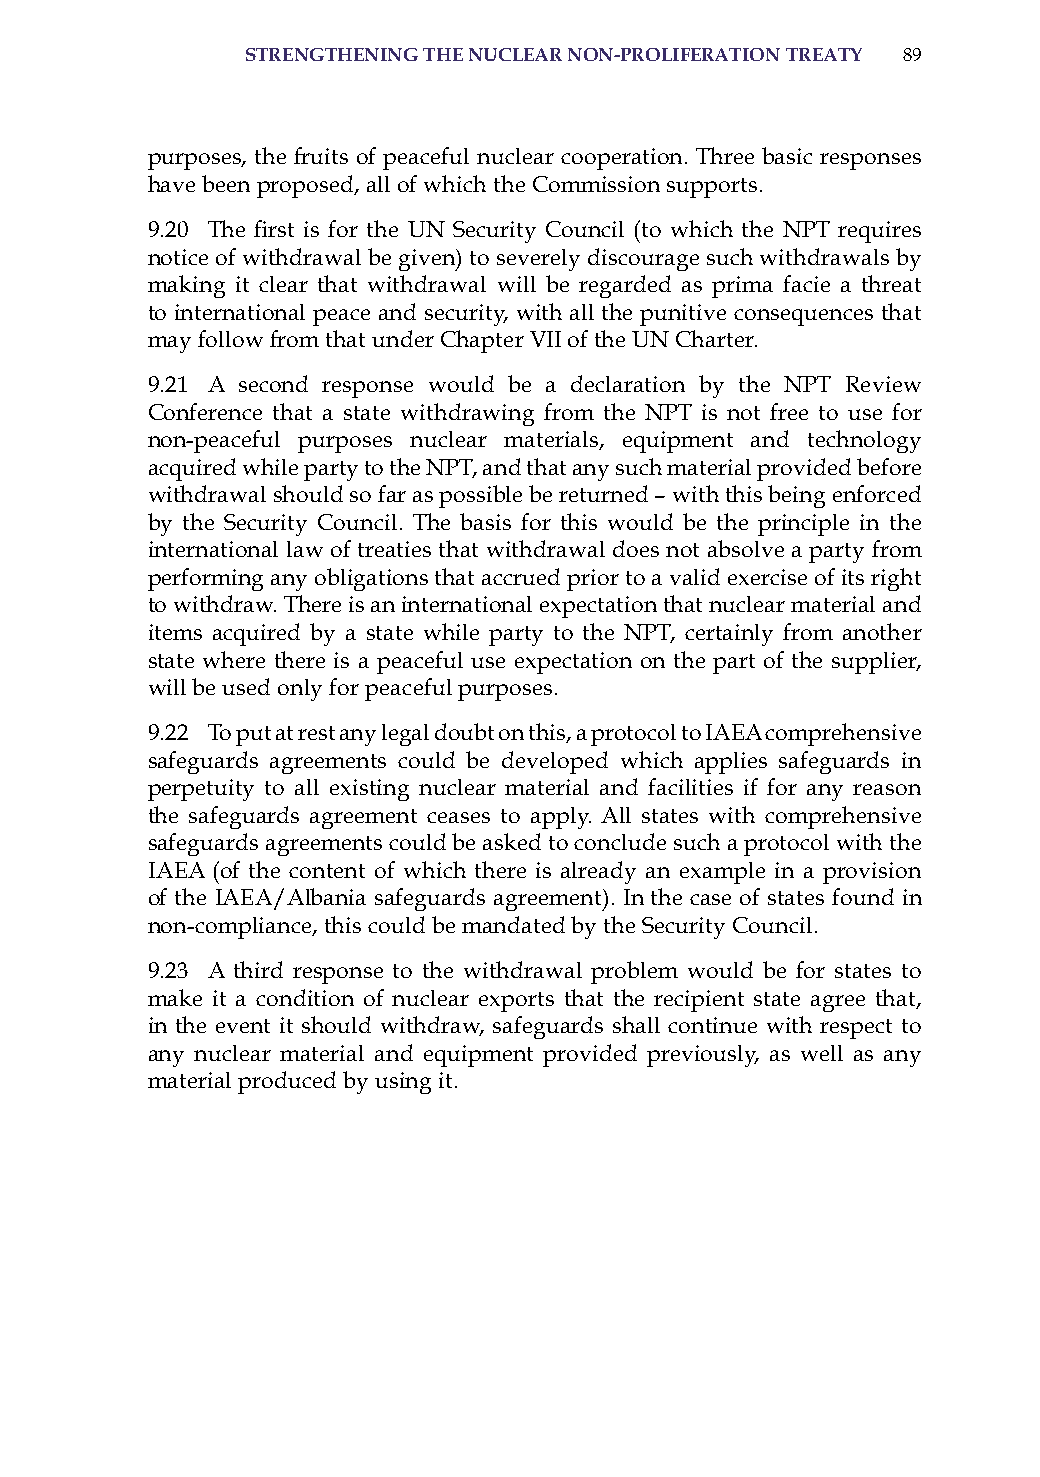
strenGtheninG the nuclear non-Proliferation treatY 89
 purposes, the fruits of peaceful nuclear cooperation. Three basic responses
 have been proposed, all of which the Commission supports.
 9.20 The first is for the UN Security Council (to which the NPT requires
 notice of withdrawal be given) to severely discourage such withdrawals by
 making it clear that withdrawal will be regarded as prima facie a threat
 to international peace and security, with all the punitive consequences that
 may follow from that under Chapter Vii of the UN Charter.
 9.21 a second response would be a declaration by the NPT review
 Conference that a state withdrawing from the NPT is not free to use for
 non-peaceful purposes nuclear materials, equipment and technology
 acquired while party to the NPT, and that any such material provided before
 withdrawal should so far as possible be returned – with this being enforced
 by the security Council. The basis for this would be the principle in the
 international law of treaties that withdrawal does not absolve a party from
 performing any obligations that accrued prior to a valid exercise of its right
 to withdraw. There is an international expectation that nuclear material and
 items acquired by a state while party to the NPT, certainly from another
 state where there is a peaceful use expectation on the part of the supplier,
 will be used only for peaceful purposes.
 9.22 To put at rest any legal doubt on this, a protocol to iaEa comprehensive
 safeguards agreements could be developed which applies safeguards in
 perpetuity to all existing nuclear material and facilities if for any reason
 the safeguards agreement ceases to apply. all states with comprehensive
 safeguards agreements could be asked to conclude such a protocol with the
 iaEa (of the content of which there is already an example in a provision
 of the iaEa/albania safeguards agreement). in the case of states found in
 non-compliance, this could be mandated by the security Council.
 9.23 a third response to the withdrawal problem would be for states to
 make it a condition of nuclear exports that the recipient state agree that,
 in the event it should withdraw, safeguards shall continue with respect to
 any nuclear material and equipment provided previously, as well as any
 material produced by using it.